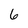
Character: 6